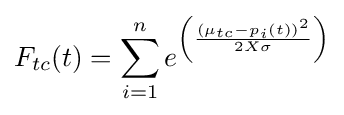
F_{tc}(t)=\sum _{i=1}^{n}e^{\left({\frac {(\mu _{tc}-p_{i}(t))^{2}}{2X\sigma }}\right)}